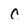
Character: c